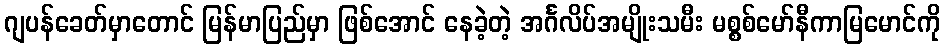
ဂျပန်ခေတ်မှာတောင် မြန်မာပြည်မှာ ဖြစ်အောင် နေခဲ့တဲ့ အင်္ဂလိပ်အမျိုးသမီး မစ္စစ်မော်နီကာမြမောင်ကို